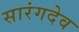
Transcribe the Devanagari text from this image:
सारंगदेव